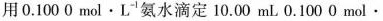
用0.1000mol\cdot L^{-1}氨水滴定10.00mL0.1000mol\cdot